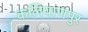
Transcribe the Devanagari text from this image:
कलियाणपुर